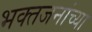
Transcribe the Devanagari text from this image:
भक्तजनांच्या